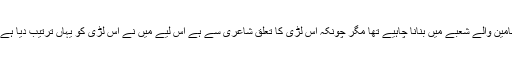
اصولا تو مجھے اس لڑی کو اردو ادب مضامین والے شعبے میں بنانا چاہیے تھا مگر چونکہ اس لڑی کا تعلق شاعری سے ہے اس لیے میں نے اس لڑی کو یہاں ترتیب دیا ہے مقصد صرف کچھ سیکھنا اور سکھانا ہے ۔